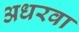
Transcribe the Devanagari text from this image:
अधरवा